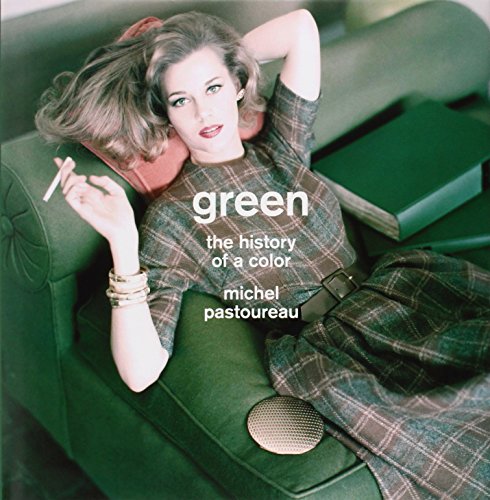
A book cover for Green: The History of a Color; Michel Pastoureau; Politics & Social Sciences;